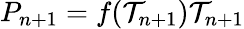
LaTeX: P_{n+1}=f(\mathcal{T}_{n+1})\mathcal{T}_{n+1}